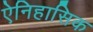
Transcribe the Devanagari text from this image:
ऐनिहासिक